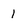
Character: I